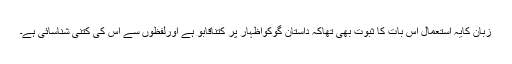
زبان کایہ استعمال اس بات کا ثبوت بھی تھاکہ داستان گوکواظہار پر کتناقابو ہے اورلفظوں سے اس کی کتنی شناسائی ہے۔